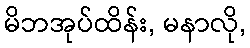
မိဘအုပ်ထိန်း, မနာလို,